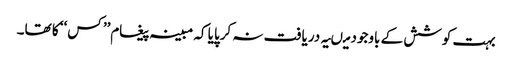
بہت کوشش کے باوجود میںیہ دریافت نہ کرپایا کہ مبینہ پیغام’’ کس‘‘ کا تھا۔